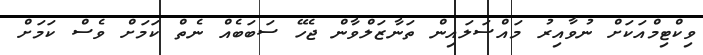
ވިކްޓިމްއަކަށް ނުވާއިރު މައްސަލައިން ތަނާޒަލްވާން ޖެހޭ ސަބަބެއް ނެތް ކަމަށް ވެސް ކަމަށް